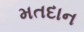
મતદાન